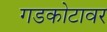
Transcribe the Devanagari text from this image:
गडकोटावर